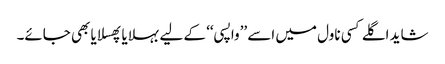
شاید اگلے کسی ناول میں اسے ’’واپسی‘‘ کے لیے بہلایا پھسلایا بھی جائے۔